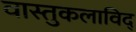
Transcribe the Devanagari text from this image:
वास्तुकलाविद्